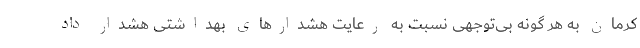
کرمان به هر گونه بی‌توجهی نسبت به رعایت هشدارهای بهداشتی هشدار داد